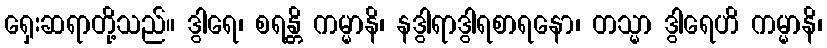
ရှေးဆရာတို့သည်။ ဒွါရေ၊ စရန္တိ ကမ္မာနိ၊ နဒွါရာဒွါရစာရနော၊ တသ္မာ ဒွါရေဟိ ကမ္မာနိ၊